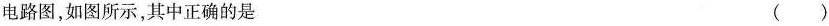
电路图，如图所示，其中正确的是 ()